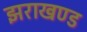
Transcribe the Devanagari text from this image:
झराखण्ड